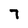
Character: 7